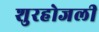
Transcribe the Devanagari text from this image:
शुरहोजली